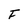
Character: F